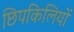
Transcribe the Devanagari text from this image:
छिपकिलियों